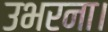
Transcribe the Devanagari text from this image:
उभरना।